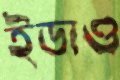
ইডাও